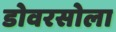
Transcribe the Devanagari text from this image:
डोवरसोला